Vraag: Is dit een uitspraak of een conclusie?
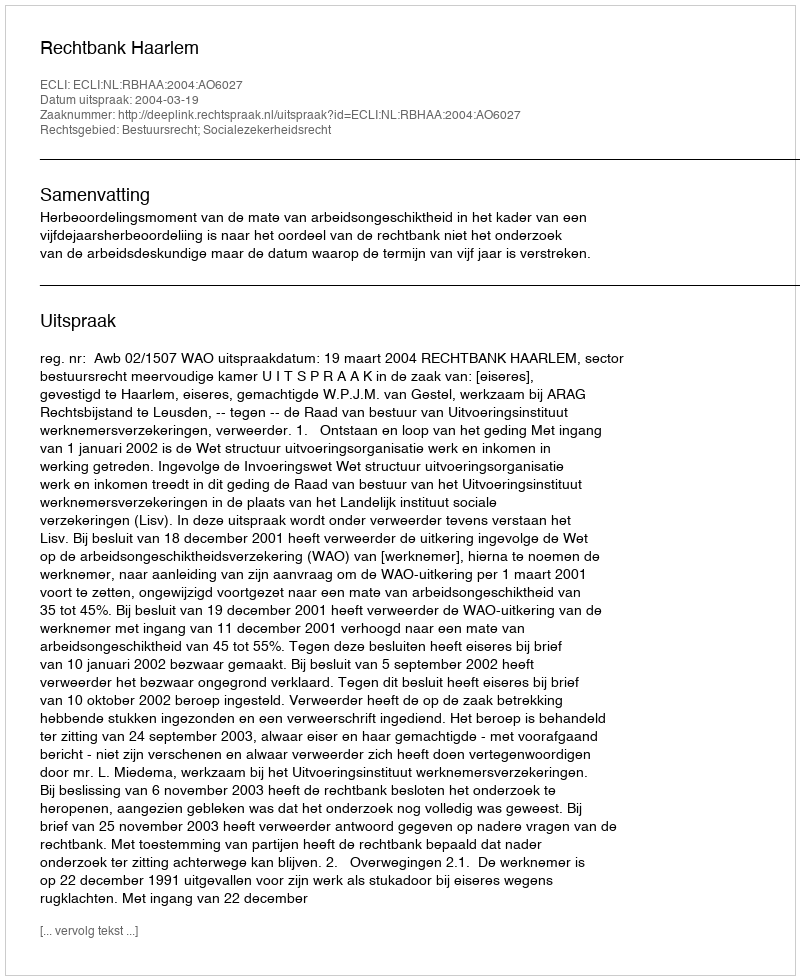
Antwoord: Uitspraak